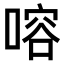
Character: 𠹍